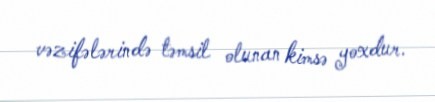
vəzifələrində təmsil olunan kimsə yoxdur.